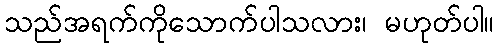
သည်အရက်ကိုသောက်ပါသလား၊ မဟုတ်ပါ။